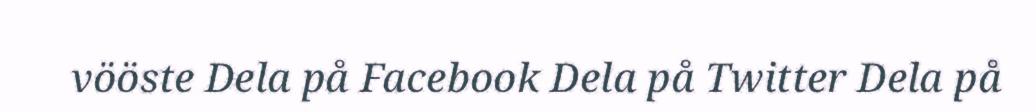
vööste Dela på Facebook Dela på Twitter Dela på